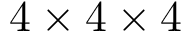
4 \times 4 \times 4